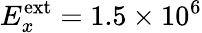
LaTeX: E_{x}^{\textrm{ext}}=1.5\times 10^{6}